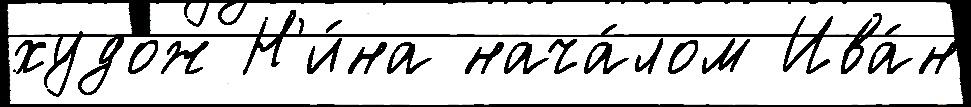
худож Н'и́на нача́лом Ива́н